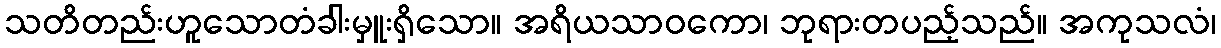
သတိတည်းဟူသောတံခါးမှူးရှိသော။ အရိယသာဝကော၊ ဘုရားတပည့်သည်။ အကုသလံ၊